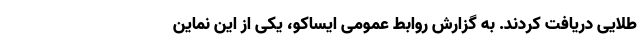
طلایی دریافت کردند. به گزارش روابط عمومی ایساکو، یکی از این نماین